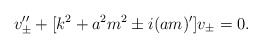
\begin{align*} v_\pm''+[k^2+a^2 m^2 \pm i(a m)']v_\pm=0.\end{align*}